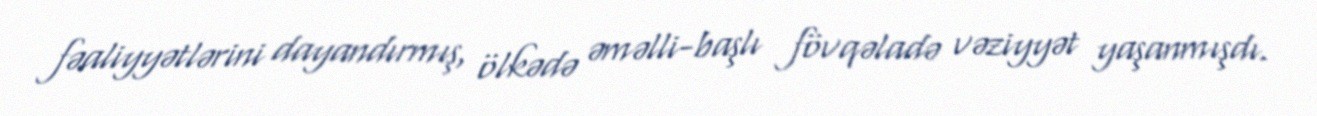
fəaliyyətlərini dayandırmış, ölkədə əməlli-başlı fövqəladə vəziyyət yaşanmışdı.